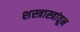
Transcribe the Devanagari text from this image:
शस्त्रास्त्रांतून